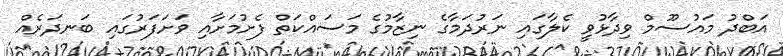
އަބްދު މައުސޫމް ވިދާޅުވީ ކެލާގައި ނަރުދަމާގެ ނިޒާމުގެ މަސައްކަތް ފެށުމަށާއި ވަށަފަރުގައި ބަނދަރެއް